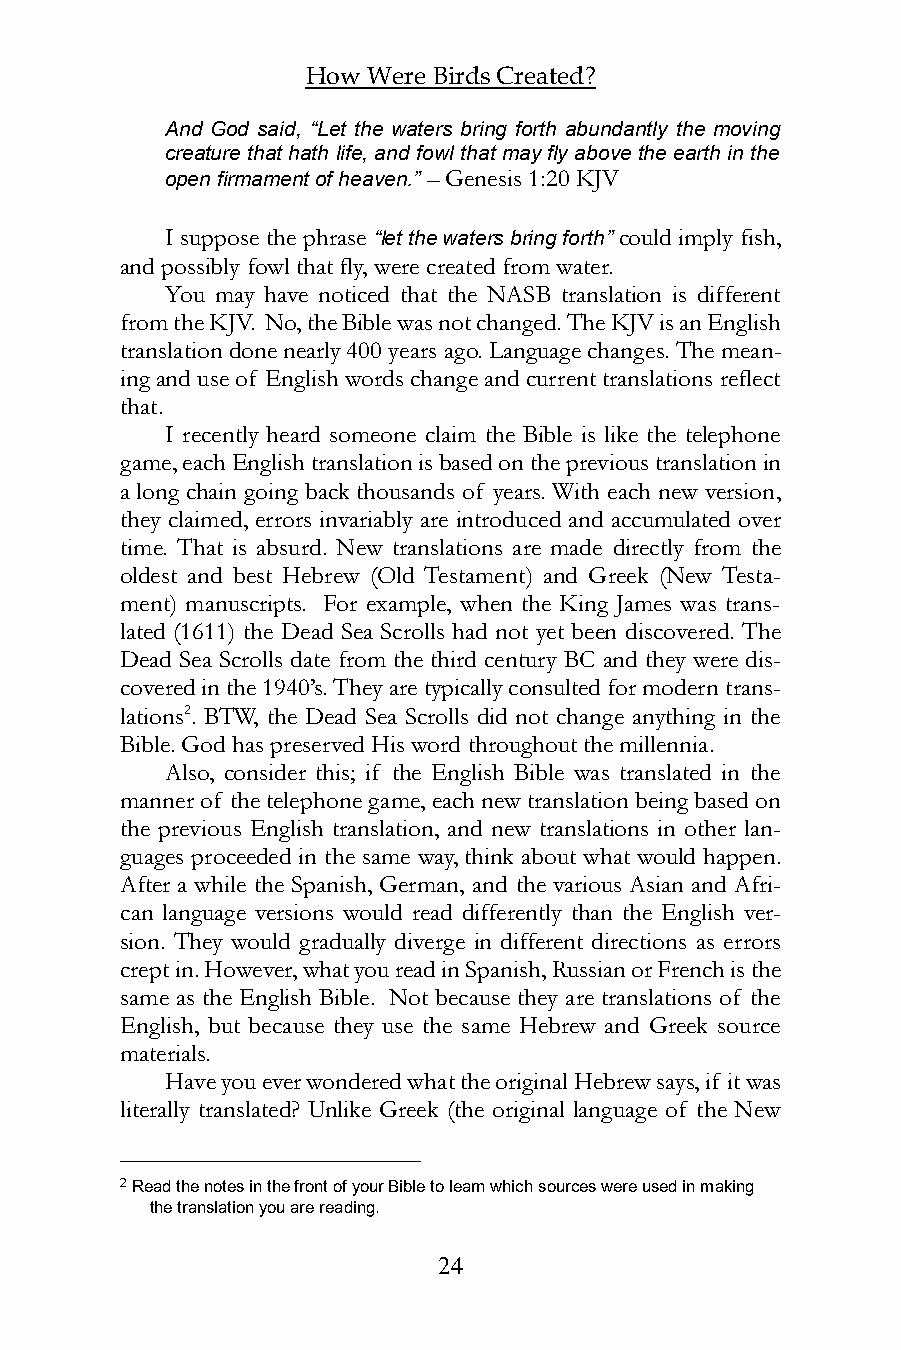
How Were Birds Created?
 And God said, “Let the waters bring forth abundantly the moving
 creature that hath life, and fowl that may fly above the earth in the
 open firmament of heaven.” – Genesis 1:20 KJV
 I suppose the phrase “let the waters bring forth” could imply fish,
 and possibly fowl that fly, were created from water.
 You may have noticed that the NASB translation is different
 from the KJV. No, the Bible was not changed. The KJV is an English
 translation done nearly 400 years ago. Language changes. The mean-
 ing and use of English words change and current translations reflect
 that.
 I recently heard someone claim the Bible is like the telephone
 game, each English translation is based on the previous translation in
 a long chain going back thousands of years. With each new version,
 they claimed, errors invariably are introduced and accumulated over
 time. That is absurd. New translations are made directly from the
 oldest and best Hebrew (Old Testament) and Greek (New Testa-
 ment) manuscripts. For example, when the King James was trans-
 lated (1611) the Dead Sea Scrolls had not yet been discovered. The
 Dead Sea Scrolls date from the third century BC and they were dis-
 covered in the 1940’s. They are typically consulted for modern trans-
 lations2. BTW, the Dead Sea Scrolls did not change anything in the
 Bible. God has preserved His word throughout the millennia.
 Also, consider this; if the English Bible was translated in the
 manner of the telephone game, each new translation being based on
 the previous English translation, and new translations in other lan-
 guages proceeded in the same way, think about what would happen.
 After a while the Spanish, German, and the various Asian and Afri-
 can language versions would read differently than the English ver-
 sion. They would gradually diverge in different directions as errors
 crept in. However, what you read in Spanish, Russian or French is the
 same as the English Bible. Not because they are translations of the
 English, but because they use the same Hebrew and Greek source
 materials.
 Have you ever wondered what the original Hebrew says, if it was
 literally translated? Unlike Greek (the original language of the New
 2 Read the notes in the front of your Bible to learn which sources were used in making
 the translation you are reading.
 24